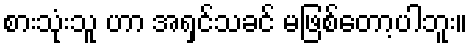
စားသုံးသူ ဟာ အရှင်သခင် မဖြစ်တော့ပါဘူး။